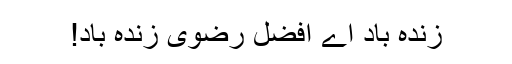
زندہ باد اے افضل رضویؔ ؔزندہ باد!